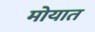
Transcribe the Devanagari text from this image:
मोयात